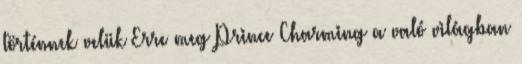
történnek velük Erre meg Prince Charming a való világban